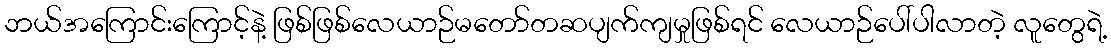
ဘယ်အကြောင်းကြောင့်နဲ့ ဖြစ်ဖြစ်လေယာဉ်မတော်တဆပျက်ကျမှုဖြစ်ရင် လေယာဉ်ပေါ်ပါလာတဲ့ လူတွေရဲ့